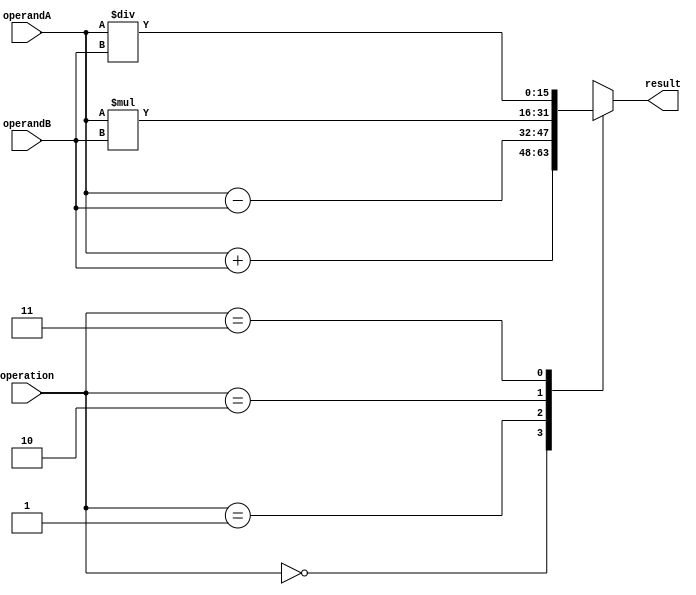
module ALU (
  input [15:0] operandA,
  input [15:0] operandB,
  input [1:0] operation,
  output reg [15:0] result
);

always @(*)
begin
  case(operation)
    2'b00: result = operandA + operandB; // addition
    2'b01: result = operandA - operandB; // subtraction
    2'b10: result = operandA * operandB; // multiplication
    2'b11: result = operandA / operandB; // division
  endcase
end

endmodule